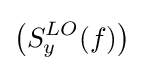
\left({S_{y}^{LO}(f)}\right)